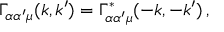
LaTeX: \Gamma _ { \alpha \alpha ^ { \prime } \mu } ( k , k ^ { \prime } ) = \Gamma _ { \alpha \alpha ^ { \prime } \mu } ^ { \ast } ( - k , - k ^ { \prime } ) \, ,